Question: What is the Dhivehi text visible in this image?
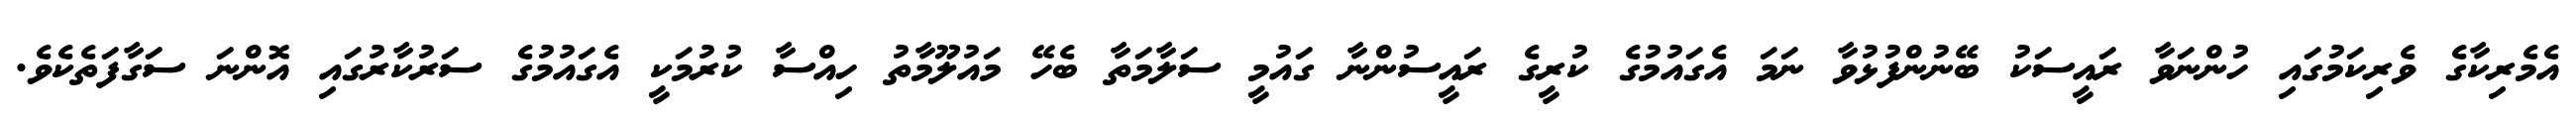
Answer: އެމެރިކާގެ ވެރިކަމުގައި ހުންނަވާ ރައީސަކު ބޭނުންފުޅުވާ ނަމަ އެގައުމުގެ ކުރީގެ ރައީސުންނާ ގައުމީ ސަލާމަތާ ބެހޭ މައުލޫމާތު ހިއްސާ ކުރުމަކީ އެގައުމުގެ ސަރުކާރުގައި އޮންނަ ސަގާފަތެކެވެ.